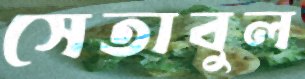
সেতাবুল